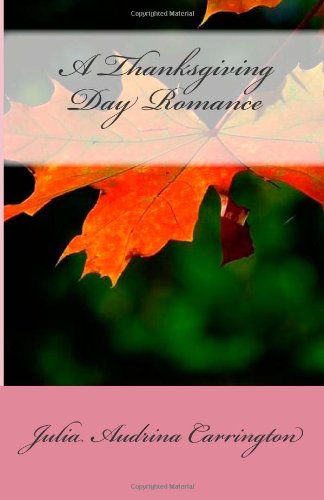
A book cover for A Thanksgiving Day Romance; Julia Audrina Carrington; Cookbooks, Food & Wine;